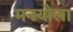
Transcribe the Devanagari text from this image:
मनयोला